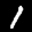
Label: 1